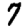
Digit: 7